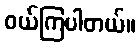
ဝယ်ကြပါတယ်။